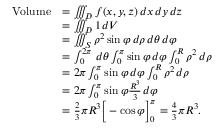
{ \begin{array} { r l } { { \mathrm { V o l u m e } } } & { = \iiint _ { D } f ( x , y , z ) \, d x \, d y \, d z } \\ & { = \iiint _ { D } 1 \, d V } \\ & { = \iiint _ { S } \rho ^ { 2 } \sin \varphi \, d \rho \, d \theta \, d \varphi } \\ & { = \int _ { 0 } ^ { 2 \pi } \, d \theta \int _ { 0 } ^ { \pi } \sin \varphi \, d \varphi \int _ { 0 } ^ { R } \rho ^ { 2 } \, d \rho } \\ & { = 2 \pi \int _ { 0 } ^ { \pi } \sin \varphi \, d \varphi \int _ { 0 } ^ { R } \rho ^ { 2 } \, d \rho } \\ & { = 2 \pi \int _ { 0 } ^ { \pi } \sin \varphi { \frac { R ^ { 3 } } { 3 } } \, d \varphi } \\ & { = { \frac { 2 } { 3 } } \pi R ^ { 3 } { \Big [ } - \cos \varphi { \Big ] } _ { 0 } ^ { \pi } = { \frac { 4 } { 3 } } \pi R ^ { 3 } . } \end{array} }